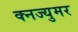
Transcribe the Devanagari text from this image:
क्नज्युमर